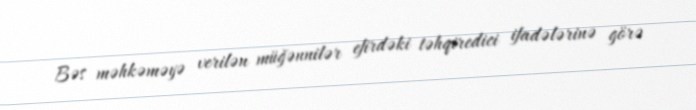
Bəs məhkəməyə verilən müğənnilər efirdəki təhqiredici ifadələrinə görə